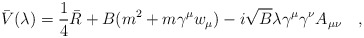
\begin{align*}\bar{V}(\lambda)=\frac 14 \bar{R}+B(m^2+m\gamma^\mu w_\mu)-i \sqrt{B}\lambda \gamma^\mu\gamma^\nu A_{\mu\nu}~~~,\end{align*}